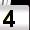
Digit: 4